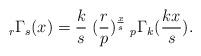
LaTeX: \begin{align*} _{r}\Gamma_{s}(x)= \frac{k}{s} \;(\frac{r}{p})^{\frac{x}{s}}\; _{p}\Gamma_{k}(\frac{kx}{s}). \end{align*}